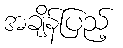
အချိန်ပြည့်